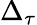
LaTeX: \Delta_{\tau}